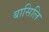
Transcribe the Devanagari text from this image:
बासिलि